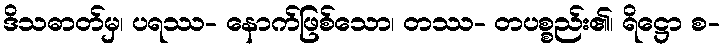
ဒိသဓာတ်မှ၊ ပရဿ- နောက်ဖြစ်သော၊ တဿ- တပစ္စည်း၏၊ ရိဋ္ဌော စ-